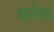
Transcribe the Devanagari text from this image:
चर्ममय